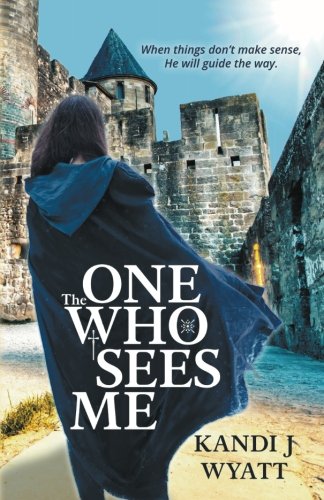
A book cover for The One Who Sees Me; Kandi J. Wyatt; Christian Books & Bibles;